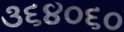
૩૬૪૦૬૦